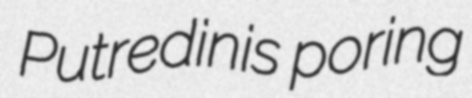
Putredinis poring